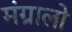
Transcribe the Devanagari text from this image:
मंग्रालो